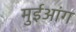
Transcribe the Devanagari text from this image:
मुईआंग